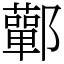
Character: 鄿